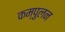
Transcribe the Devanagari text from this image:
कम्पुलन